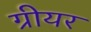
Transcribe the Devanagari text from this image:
ग्रीयर